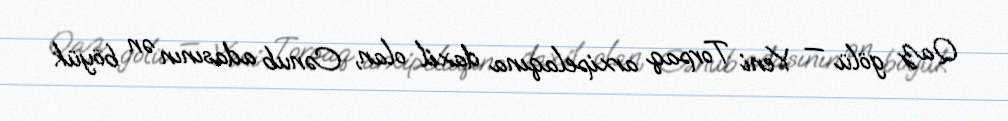
Qaz gölü — Yeni Torpaq arxipelaqına daxil olan, Cənub adasının ən böyük